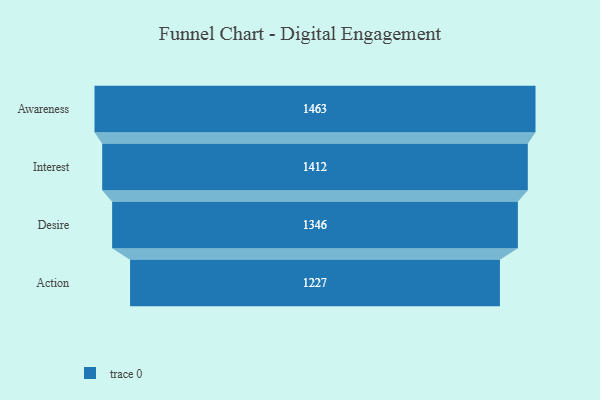
{"axis": {"x": "Stage", "y": "Value"}, "legend": [""], "data": [{"x": "Awareness", "y": 1463.0, "type": ""}, {"x": "Interest", "y": 1412.0, "type": ""}, {"x": "Desire", "y": 1346.0, "type": ""}, {"x": "Action", "y": 1227.0, "type": ""}]}